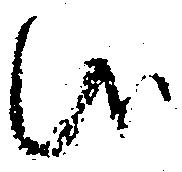
候